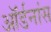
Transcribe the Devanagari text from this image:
ऑर्डनांस